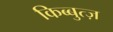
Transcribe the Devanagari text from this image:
किब्बुत्ज़